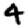
Digit: 4